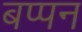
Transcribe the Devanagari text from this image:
बप्पन